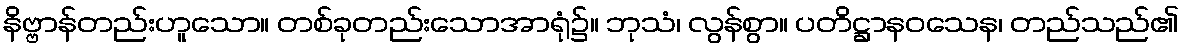
နိဗ္ဗာန်တည်းဟူသော။ တစ်ခုတည်းသောအာရုံ၌။ ဘုသံ၊ လွန်စွာ။ ပတိဋ္ဌာနဝသေန၊ တည်သည်၏